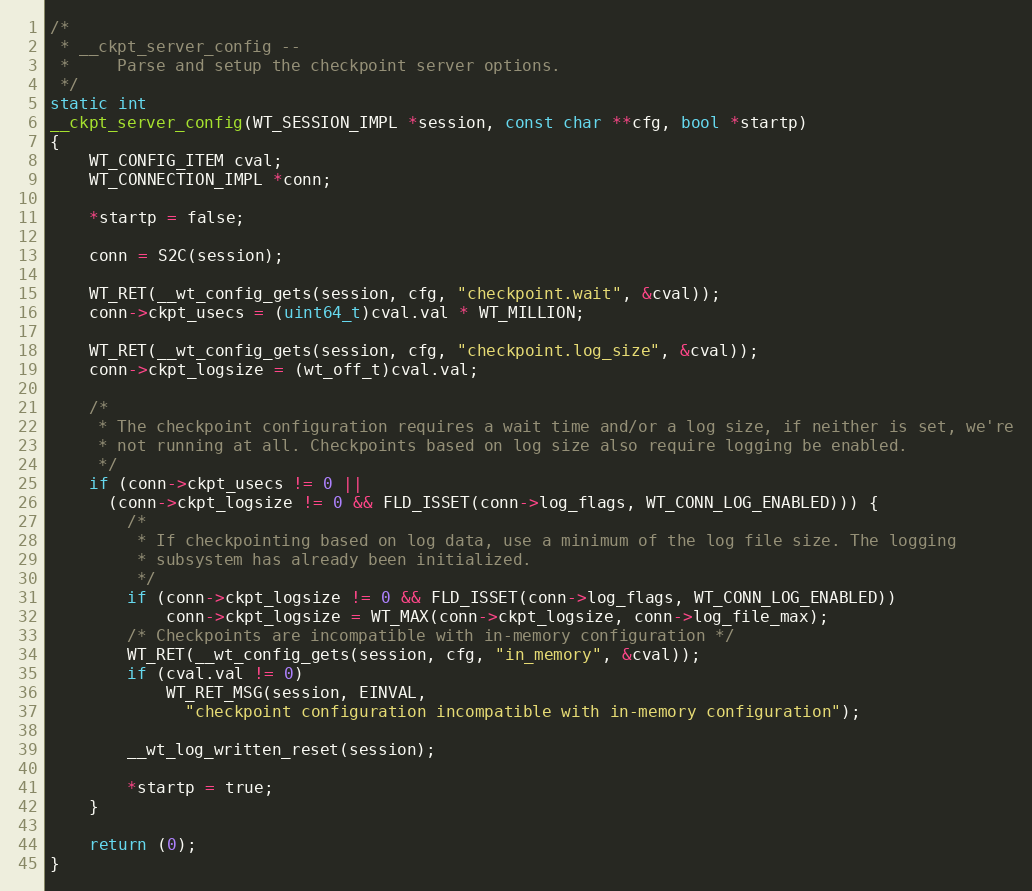
Language: C
/*
 * __ckpt_server_config --
 *     Parse and setup the checkpoint server options.
 */
static int
__ckpt_server_config(WT_SESSION_IMPL *session, const char **cfg, bool *startp)
{
    WT_CONFIG_ITEM cval;
    WT_CONNECTION_IMPL *conn;

    *startp = false;

    conn = S2C(session);

    WT_RET(__wt_config_gets(session, cfg, "checkpoint.wait", &cval));
    conn->ckpt_usecs = (uint64_t)cval.val * WT_MILLION;

    WT_RET(__wt_config_gets(session, cfg, "checkpoint.log_size", &cval));
    conn->ckpt_logsize = (wt_off_t)cval.val;

    /*
     * The checkpoint configuration requires a wait time and/or a log size, if neither is set, we're
     * not running at all. Checkpoints based on log size also require logging be enabled.
     */
    if (conn->ckpt_usecs != 0 ||
      (conn->ckpt_logsize != 0 && FLD_ISSET(conn->log_flags, WT_CONN_LOG_ENABLED))) {
        /*
         * If checkpointing based on log data, use a minimum of the log file size. The logging
         * subsystem has already been initialized.
         */
        if (conn->ckpt_logsize != 0 && FLD_ISSET(conn->log_flags, WT_CONN_LOG_ENABLED))
            conn->ckpt_logsize = WT_MAX(conn->ckpt_logsize, conn->log_file_max);
        /* Checkpoints are incompatible with in-memory configuration */
        WT_RET(__wt_config_gets(session, cfg, "in_memory", &cval));
        if (cval.val != 0)
            WT_RET_MSG(session, EINVAL,
              "checkpoint configuration incompatible with in-memory configuration");

        __wt_log_written_reset(session);

        *startp = true;
    }

    return (0);
}